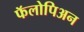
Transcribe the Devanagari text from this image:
फॅलोपिअन